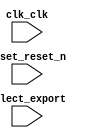

module system (
	clk_clk,
	reset_reset_n,
	select_export);	

	input		clk_clk;
	input		reset_reset_n;
	input		select_export;
endmodule